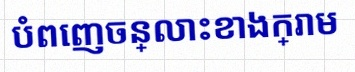
បំពេញចន្លោះខាងក្រោម